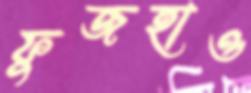
ফুজহাও